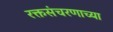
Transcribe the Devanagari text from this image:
रक्तसंचरणाच्या